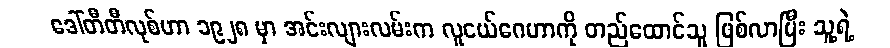
ဒေါ်တီတီလုစ်ဟာ ၁၉၂၈ မှာ အင်းလျားလမ်းက လူငယ်ဂေဟာကို တည်ထောင်သူ ဖြစ်လာပြီး သူ့ရဲ့